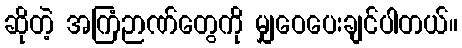
ဆိုတဲ့ အကြံဉာဏ်တွေကို မျှဝေပေးချင်ပါတယ်။